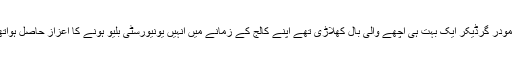
دامودر گرڈیکر ایک بہت ہی اچھے والی بال کھلاڑی تھے اپنے کالج کے زمانے میں انہیں یونیورسٹی بلیو ہونے کا اعزاز حاصل ہواتھا۔